Lunatic asylums in Bengal annual reports 1899-1911 - 1899-1911
Year: 1899
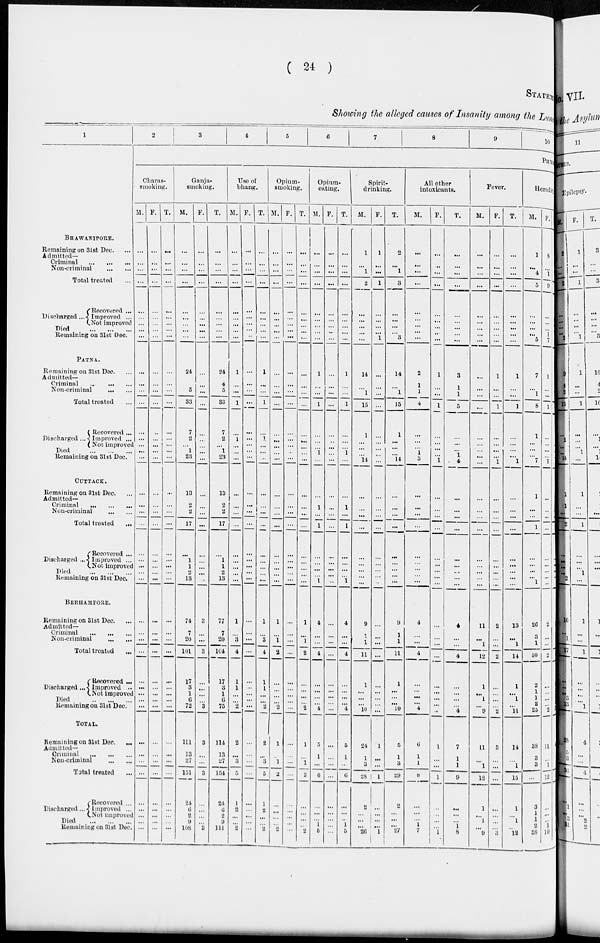
( 24 )
STATEM
Showing the alleged causes of Insanity among the Luna
1
BHAWANIPORE.
Remaining on 31st Dec. ...
Admitted–
Criminal
...
...
...
Non-criminal ... ... ...
Total treated ...
Discharged ...
Recovered ...
Improved ...
Not improved
Died
...
...
...
Remaining on 31st Dec.
PATNA.
Remaining on 31st Dec. ...
Admitted—
Criminal
...
...
...
Non-criminal
...
...
Total treated ...
Discharged ...
Recovered ...
Improved ...
Not improved
Died
...
...
...
Remaining on 31st Dec.
CUTTACK.
Remaining on 31st Dec. ...
Admitted–
Criminal
...
...
...
Non-criminal
...
...
Total treated ...
Discharged ...
Recovered ...
Improved ...
Not improved
Died
...
...
...
Remiaining on 31st Dec.
BERHAMPORE.
Remaining on 31st Dec.
Admitted-
Criminal
...
...
...
Non-criminal
...
...
Total treated ...
Discharged ...
Recovered ...
Improved ...
Not improved
Died
...
...
...
Remaining on 31st Dec.
TOTAL.
Remaining on 31st Dec.
...
Admitted—
Criminal
...
...
...
Non-criminal ... ...
Total treated ...
Discharged...
Recovered ...
Improved ...
Not improved
Died
...
...
...
Remaining on 31st Dec.
2
3
4
5
6
7
8
9
10
PHYS
Charas-
smoking.
M.
...
...
...
...
...
...
...
...
...
...
...
...
...
...
...
...
...
...
...
...
...
...
...
...
...
...
...
...
...
...
...
...
...
...
...
...
...
...
...
...
...
...
...
...
...
F.
...
...
...
...
...
...
...
...
...
...
...
...
...
...
...
...
...
...
...
...
...
...
...
...
...
...
...
...
...
...
...
...
...
...
...
...
...
...
...
...
...
...
...
...
...
T.
...
...
...
...
...
...
...
...
...
...
...
...
...
...
...
...
...
...
...
...
...
...
...
...
...
...
...
...
...
...
...
...
...
...
...
...
...
...
...
...
...
...
...
...
...
Ganja-
smoking.
M.
...
...
...
...
...
...
...
...
...
24
4
5
33
7
2
...
1
23
13
2
2
17
...
1
1
2
13
74
7
20
101
17
3
1
6
72
111
13
27
151
24
6
2
9
108
F.
...
...
...
...
...
...
...
...
...
...
...
...
...
...
...
...
...
...
...
...
...
...
...
...
...
...
...
3
...
...
3
...
...
...
...
3
3
...
...
3
...
...
...
...
3
T.
...
...
...
...
...
...
...
...
...
24
4
5
33
7
2
...
1
23
13
2
2
17
...
1
1
2
13
77
7
20
114
17
3
1
6
75
114
13
27
154
24
6
2
9
111
Use of
bhang.
M.
...
...
...
...
...
...
...
...
...
1
...
...
1
...
1
...
...
...
...
...
...
...
...
...
...
...
...
1
...
3
4
1
1
...
...
2
2
...
3
5
1
2
...
...
2
F.
...
...
...
...
...
...
...
...
...
...
...
...
...
...
...
...
...
...
...
...
...
...
...
...
...
...
...
...
...
...
...
...
...
...
...
...
...
...
...
...
...
...
...
...
...
T.
...
...
...
...
...
...
...
...
...
1
...
...
1
...
1
...
...
...
...
...
...
...
...
...
...
...
...
1
...
3
4
1
1
...
...
2
2
...
3
5
1
2
...
...
2
Opium-
smoking.
M.
...
...
...
...
...
...
...
...
...
...
...
...
...
...
...
...
...
...
...
...
...
...
...
...
...
...
1
...
1
2
...
...
...
...
2
1
...
1
2
...
...
...
...
2
F.
...
...
...
...
...
...
...
...
...
...
...
...
...
...
...
...
...
...
...
...
...
...
...
...
...
...
...
...
...
...
...
...
...
...
...
...
...
...
...
...
...
...
...
...
...
T.
...
...
...
...
...
...
...
...
...
...
...
...
...
...
...
...
...
...
...
...
...
...
...
...
...
...
...
1
...
1
2
...
...
...
...
2
1
...
1
2
...
...
...
...
2
Opium-
eating.
M.
...
...
...
...
...
...
...
...
...
1
...
...
1
...
...
...
1
...
...
1
...
1
...
...
...
...
1
4
...
...
4
...
...
...
...
4
5
1
...
6
...
...
...
1
5
F.
...
...
...
...
...
...
...
...
...
...
...
...
...
...
...
...
...
...
...
...
...
...
...
...
...
...
...
...
...
...
...
...
...
...
...
...
...
...
...
...
...
...
...
...
...
T.
...
...
...
...
...
...
...
...
...
1
...
...
1
...
...
...
1
...
...
1
...
1
...
...
...
...
1
4
...
...
4
...
...
...
...
4
5
1
...
6
...
...
...
1
5
Spirit-
drinking.
M.
1
...
1
2
...
...
...
...
...
14
...
1
15
1
...
...
...
14
...
...
...
...
...
...
...
...
...
9
1
1
11
1
...
...
...
10
24
1
3
28
2
...
...
...
26
F.
1
...
...
1
...
...
...
...
1
...
...
...
...
...
...
...
...
...
...
...
...
...
...
...
...
...
...
...
...
...
...
...
...
...
...
...
1
...
...
1
...
...
...
...
1
T.
2
...
1
3
...
...
...
...
3
14
...
1
15
1
...
...
...
14
...
...
...
...
...
...
...
...
...
9
1
1
11
1
...
...
...
10
5
1
3
29
2
...
...
...
27
All other
intoxicants.
M.
...
...
...
...
...
...
...
...
...
2
1
1
4
...
...
...
1
3
...
...
...
...
...
...
...
...
...
4
...
...
4
...
...
...
...
4
6
1
1
8
...
...
...
1
7
F.
...
...
...
...
...
...
...
...
...
1
...
...
1
...
...
...
...
1
...
...
...
...
...
...
...
...
...
...
...
...
...
...
...
...
...
...
1
...
...
1
...
...
...
...
1
T.
...
...
...
...
...
...
...
...
...
3
1
1
5
...
...
...
1
4
...
...
...
...
...
...
...
...
...
4
...
...
4
...
...
...
...
4
7
1
1
9
...
...
...
1
8
Fever.
M.
...
...
...
...
...
...
...
...
...
...
...
...
...
...
...
...
...
...
...
...
...
...
...
...
...
...
...
11
...
1
12
1
...
1
...
9
11
...
1
12
1
...
1
...
9
F.
...
...
...
...
...
...
...
...
...
1
...
...
1
...
...
...
...
1
...
...
...
...
...
...
...
...
...
2
...
...
2
...
...
...
...
2
3
...
...
...
...
...
...
3
T.
...
...
...
...
...
...
...
...
...
1
...
...
1
...
...
...
...
1
...
...
...
...
...
...
...
...
...
13
...
1
14
1
1
...
11
14
...
1
15
1
...
1
...
12
Heredity.
M.
1
...
4
5
...
...
...
...
5
7
...
1
8
1
...
...
...
7
1
...
...
1
...
...
...
...
1
26
3
1
30
2
1
1
2
25
38
3
3
...
3
1
1
2
38
F.
8
...
1
9
...
...
...
1
7
1
...
...
1
...
...
...
...
1
...
...
...
...
...
...
...
...
...
2
...
...
2
...
...
...
...
3
11
...
1
12
...
...
...
1
10